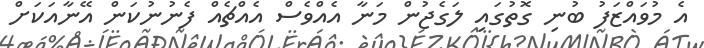
އެ މުވައްޒަފު ބުނި ގޮތުގައި ލަގެޖުން މަނާ އެއްވެސް އެއްޗެއް ފެނުނުކަން އޭނާއަކަށް